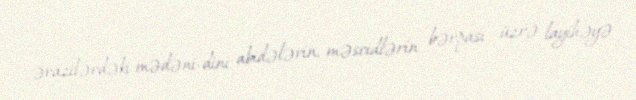
ərazilərdəki mədəni-dini abidələrin, məscidlərin bərpası üzrə layihəyə